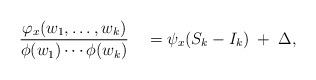
LaTeX: \begin{align*} &\frac{\varphi_x(w_1,\dots,w_k)}{\phi(w_1)\cdots\phi(w_k)} \quad=\psi_x(S_k-I_k) \;+\; \Delta,\end{align*}